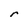
Character: r